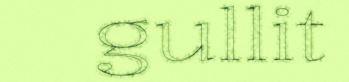
gullit